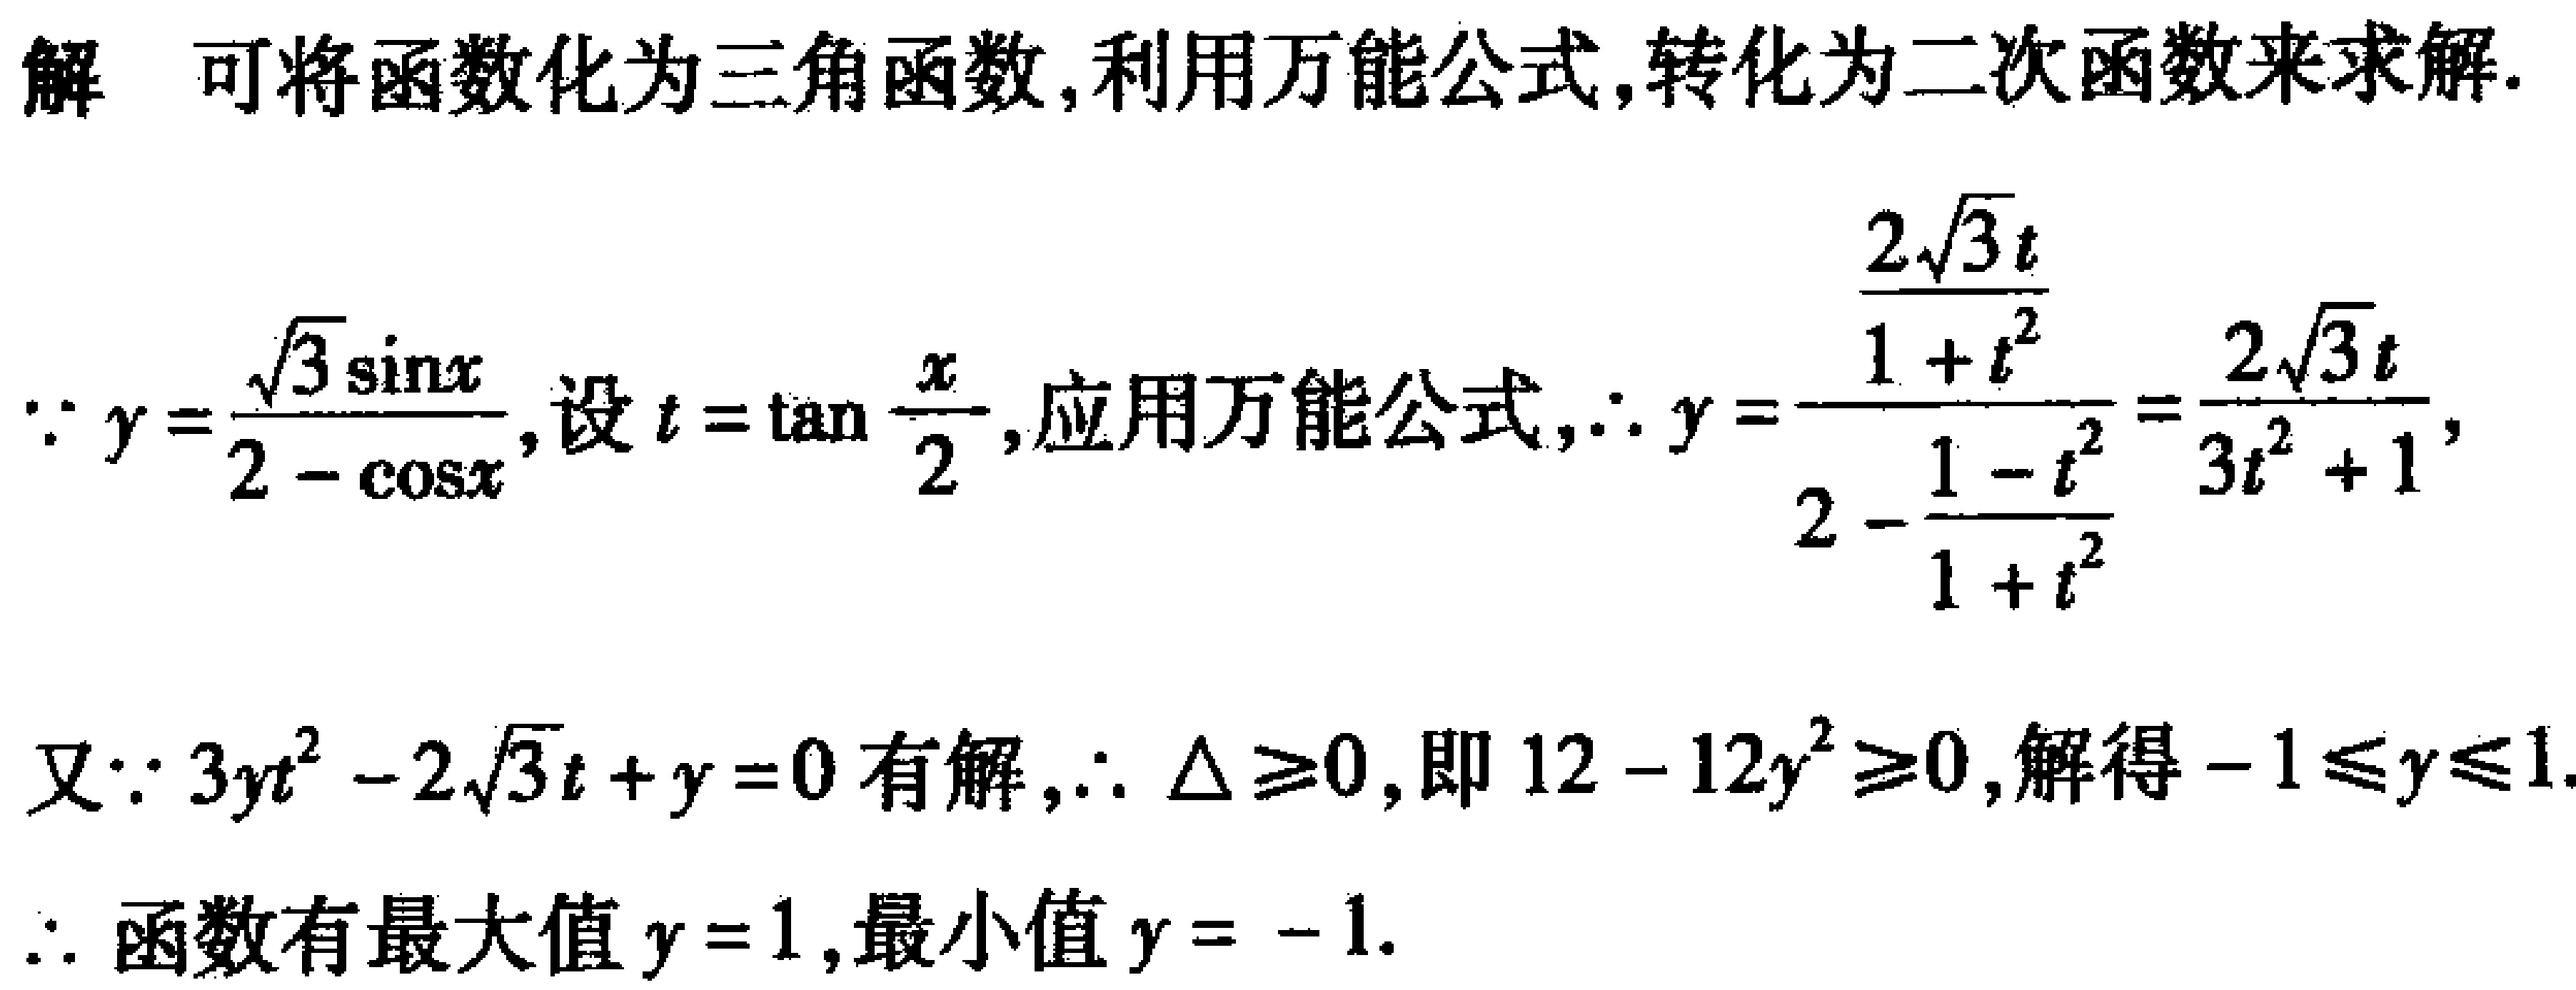
解 可将函数化为三角函数,利用万能公式,转化为二次函数来求解.
\(\because y = \frac{\sqrt{3}\sin x}{2 - \cos x}\),设\(t = \tan\frac{x}{2}\),应用万能公式,\(\therefore y = \frac{\frac{2\sqrt{3}t}{1 + t^{2}}}{2 - \frac{1 - t^{2}}{1 + t^{2}}} = \frac{2\sqrt{3}t}{3t^{2} + 1}\),
又\(\because 3yt^{2} - 2\sqrt{3}t + y = 0\)有解,\(\therefore \Delta\geq0\),即\(12 - 12y^{2}\geq0\),解得\(-1\leq y\leq1\).
\(\therefore\)函数有最大值\(y = 1\),最小值\(y = - 1\).